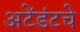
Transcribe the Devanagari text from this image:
अटेंडंटचे